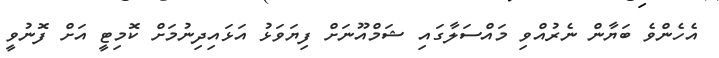
އެހެންވެ ބަޔާން ނެރުއްވި މައްސަލާގައި ޝަމްއޫނަށް ފިޔަވަޅު އަޅައިދިނުމަށް ކޮމިޓީ އަށް ފޮނުވީ